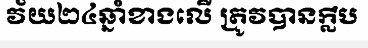
វ័យ២៤ឆ្នាំខាងលើ ត្រូវបានក្លឹប